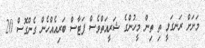
މަށަށް ރަނގަޅީ ތި ތިން މީހުންގެ ޝަރީއަތްވެސް ފަޓާސް ބަރިއެއްހެން ގެންގޮސް 20